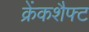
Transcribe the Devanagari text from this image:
क्रेंकशैफ्ट